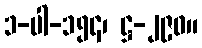
၁-ပါ-၁၅၄၊ ဋ္ဌ-၂၉၀။